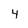
Character: 4